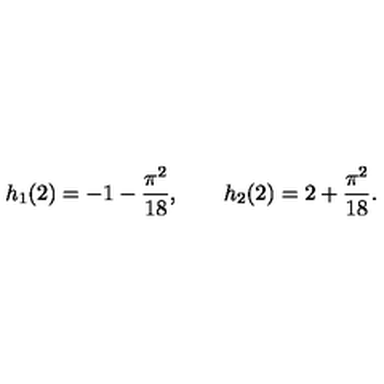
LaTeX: h _ { 1 } ( 2 ) = - 1 - { \frac { \pi ^ { 2 } } { 1 8 } } , \qquad h _ { 2 } ( 2 ) = 2 + { \frac { \pi ^ { 2 } } { 1 8 } } .